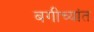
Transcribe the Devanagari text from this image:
बगीच्यांत